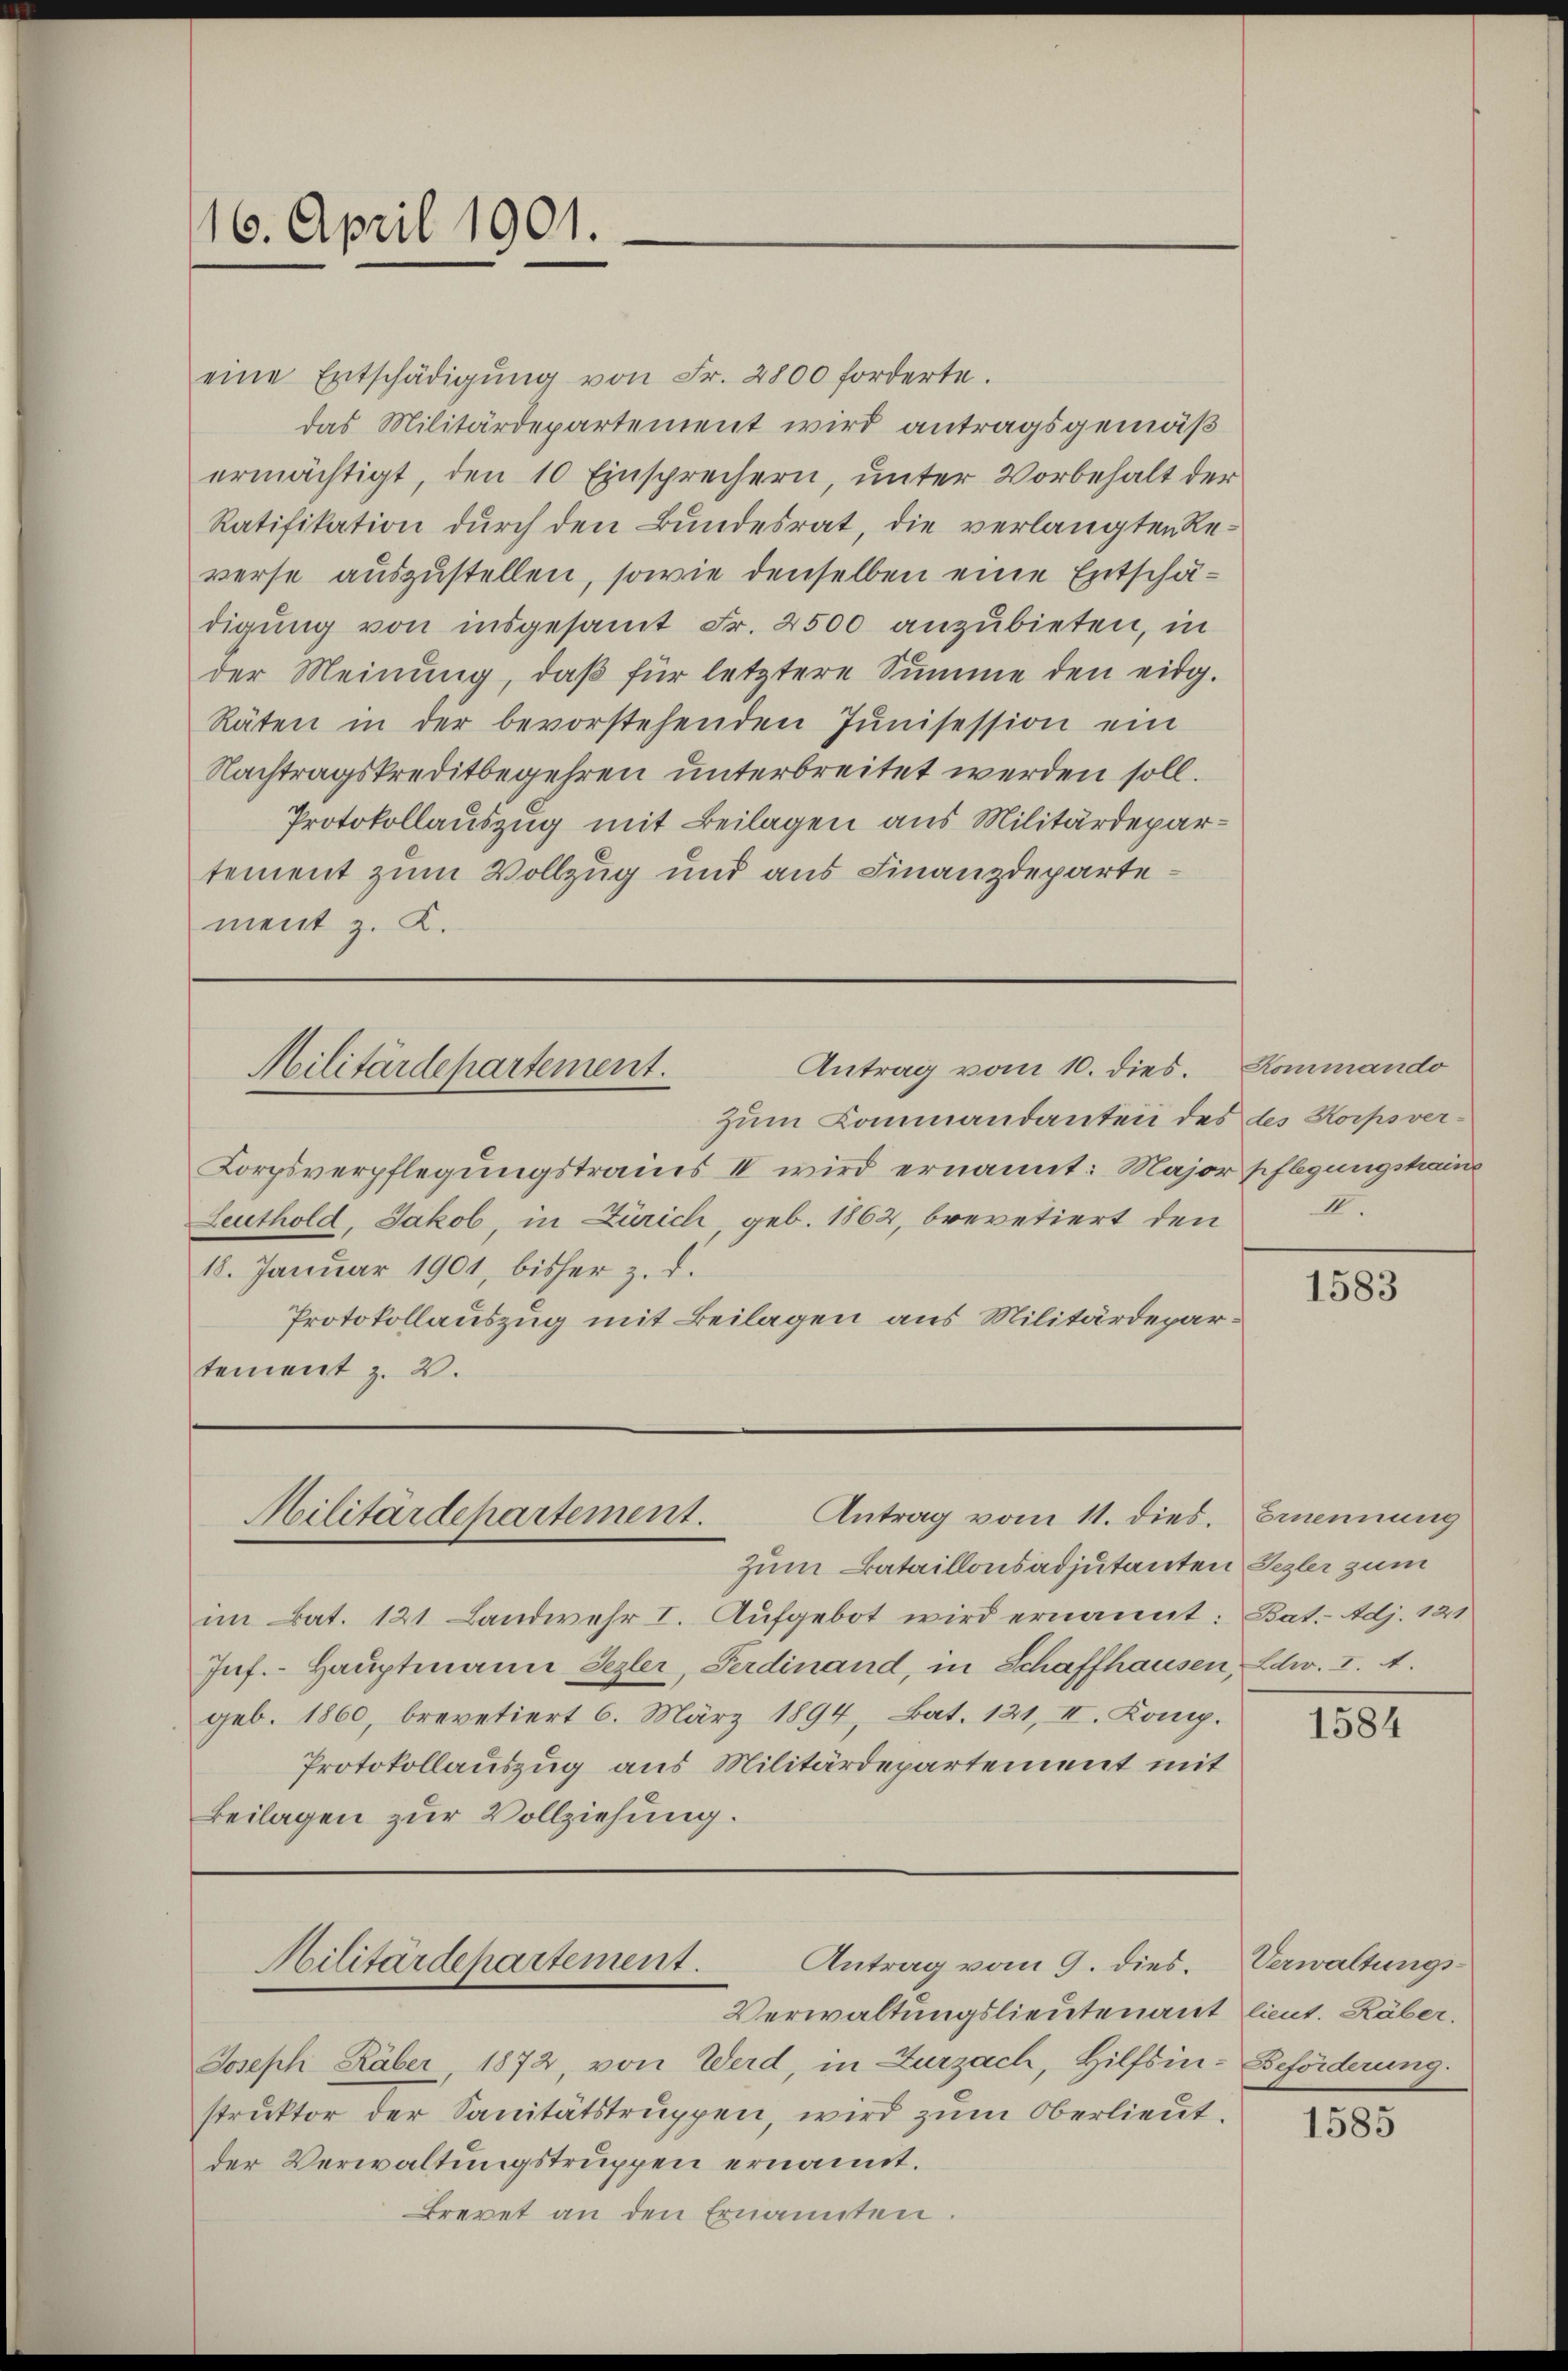
16. April 1901.

eine Entschädigŭng von Fr. 2800 forderte.
das Militärdepartement wird antragsgemäß
ermächtigt, den 10 Einsprechern, unter Vorbehalt der
Ratifikation durch den Bundesrat, die verlangten Reverse auszustellen, sowie denselben eine Entschädigung von insgesamt Fr. 2500 anzubieten, in
der Meinung, daß für letztere Summe den eidg.
Räten in der bevorstehenden Jŭnisession ein
Nachtragskreditbegehren unterbreitet werden soll.
Protokollauszug mit Beilagen aus Militärdepartement zum Vollzug und aus Finanzdepartement z. K.

zum Kommandanten des des Korps ver¬
Lorpsverpflegungstrauis IV wird ernannt: Major pflegungshaus
Leuthold, Jakob, in Zürich, geb. 1862, brevetiert den
18. Januar 1901, bisher z. d.
Protokollauszug mit Beilagen aus Militärdepartement z. 2.

Antrag vom 10. dies. Kommando
Militärdepartement.

Zum Bataillonsadjutanten Sezler zum
im Bat. 121. Landwehr I. Aufgebot wird ernannt: Bat.- Adj. 121
Inf.- Hauptmann Sezler, Ferdinand, in Schaffhausen, Edw. I. A.
geb. 1860, brevetiert 6. März 1894, Bat. 121, II. Komp.
Protokollauszug aus Militärdepartement mit
Beilagen zur Vollziehung.

Antrag vom 11. dies. Ernennung
Militärdepartement.

Antrag vom 9. dies. Verwaltungs-
Verwaltungslieutenant lieut. Räber.
Joseph Häber 1872, von Werd, in Zurzach, Hilfsin-Beförderung.
struktor der Sanitätstruppen, wird zum Oberlieut.
der Verwaltungstruppen ernannt.
Brevet an den Ernannten.

Militärdepartement.

II.

1583

1584

1585